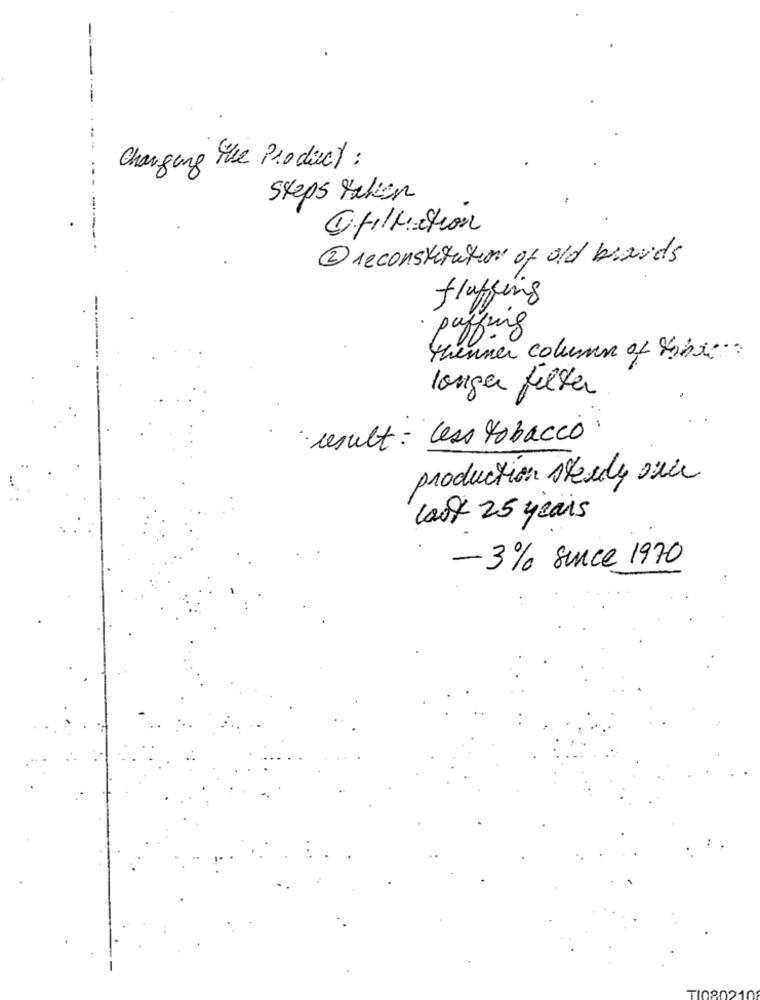
Changing the Product :
Steps taken
Ofilfiction
2 reconstitution of old brands
fluffying
pc
ffing
thenmer column of this.
longer filter
result = less tobacco
production steady sice
last 25 years
- 3% since 1970
TI080